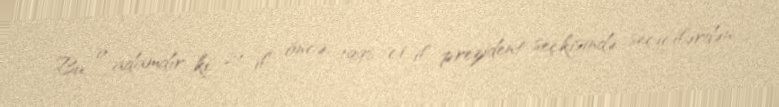
Bu, o adamdır ki, 21 il öncə, 1998-ci il prezident seçkisində seçicilərdən